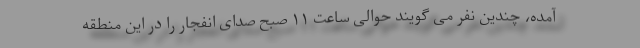
آمده، چندین نفر می گویند حوالی ساعت ۱۱ صبح صدای انفجار را در این منطقه